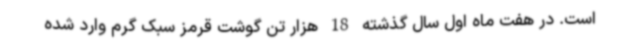
است. در هفت ماه اول سال گذشته 18 هزار تن گوشت قرمز سبک گرم وارد شده